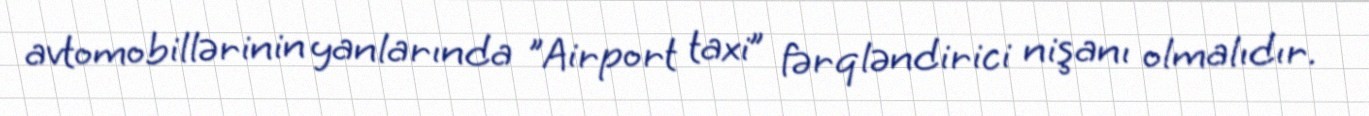
avtomobillərinin yanlarında "Airport taxi” fərqləndirici nişanı olmalıdır.